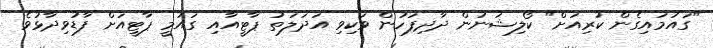
"ގައުމައިގެން ކުރިއަށް" ކޯލިޝަނުން ދާދިފަހުން ވަކިވި އަދަލަތު ޕާޓީއާއި ގައުމީ ޕާޓީއަށް ފާޑުވިދާޅުވެ